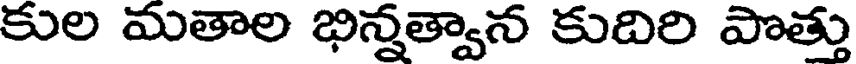
కుల మతాల భిన్నత్వాన కుదిరి పొత్తు